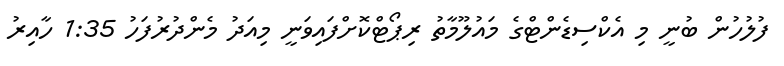
ފުލުހުން ބުނީ މި އެކްސިޑެންޓްގެ މައުލޫމާތު ރިޕޯޓްކޮށްފައިވަނީ މިއަދު މެންދުރުފަހު 1:35 ހާއިރު